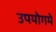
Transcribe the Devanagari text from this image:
उपयोगमे